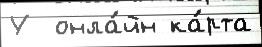
У  онла́йн ка́рта